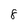
Character: 8